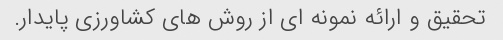
تحقیق و ارائه نمونه ای از روش های کشاورزی پایدار.